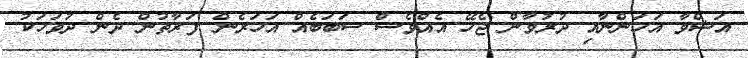
އަޝްވާ އަހަންނާއި ދުރުވާން ޖެހޭ އެއްވެސް ސަބަބެއް އަހަރެން ފަރާތުން ދެން ދުވަހަކު